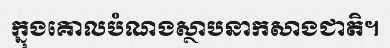
ក្នុងគោលបំណងស្ថាបនាកសាងជាតិ។